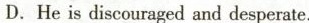
D.He is discouraged and desperate.